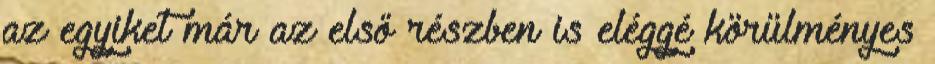
az egyiket már az első részben is eléggé körülményes